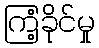
ကြံ့ခိုင်မှု